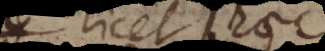
licet haec